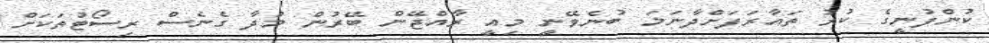
ކުންފުނީގެ ކުރު ތައާރަފަށްދާނަމަ ބުނެވޭނީ މިއީ ރާއްޖޭން ބޭރުން މުދާ ގެނެސް ރިސޯޓުތަކަށް